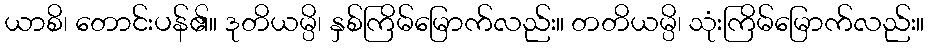
ယာစိ၊ တောင်းပန်၏။ ဒုတိယမ္ပိ၊ နှစ်ကြိမ်မြောက်လည်း။ တတိယမ္ပိ၊ သုံးကြိမ်မြောက်လည်း။